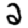
Digit: 2